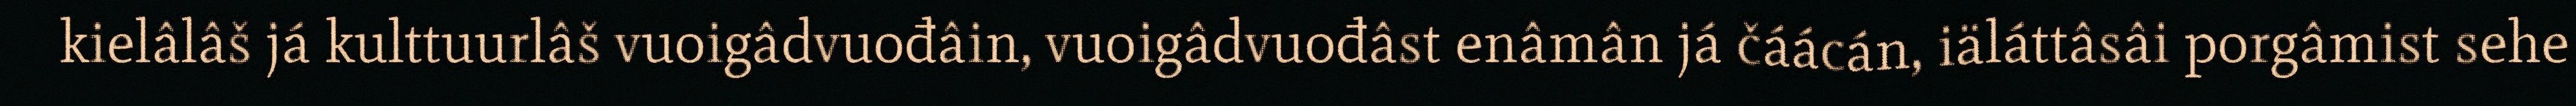
kielâlâš já kulttuurlâš vuoigâdvuođâin, vuoigâdvuođâst enâmân já čáácán, iäláttâsâi porgâmist sehe